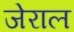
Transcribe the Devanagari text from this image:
जेराल